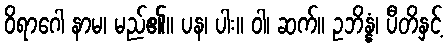
ဝိရာဂေါ နာမ၊ မည်၏။ ပန၊ ပါး။ ဝါ၊ ဆက်။ ဥဘိန္နံ၊ ပီတိနှင့်